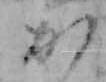
か